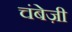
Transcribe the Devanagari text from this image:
चंबेज़ी